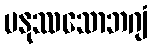
မနုဿသောဘဂျံ